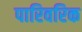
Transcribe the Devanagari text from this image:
पारिवरिक